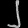
Digit: ၂